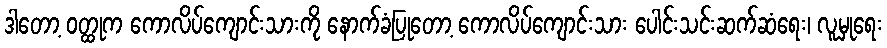
ဒါတော့ ဝတ္ထုက ကောလိပ်ကျောင်းသားကို နောက်ခံပြုတော့ ကောလိပ်ကျောင်းသား ပေါင်းသင်းဆက်ဆံရေး၊ လူမှုရေး